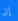
إن